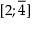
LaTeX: [ 2 ; { \overline { { 4 } } } ]